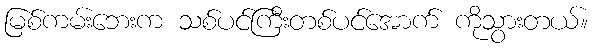
မြစ်ကမ်းဘေးက သစ်ပင်ကြီးတစ်ပင်အောက် ကိုသွားတယ်။